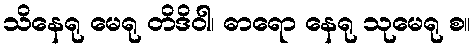
သိနေရု မေရု တိဒိဝါ၊ ဓာရော နေရု သုမေရု စ။